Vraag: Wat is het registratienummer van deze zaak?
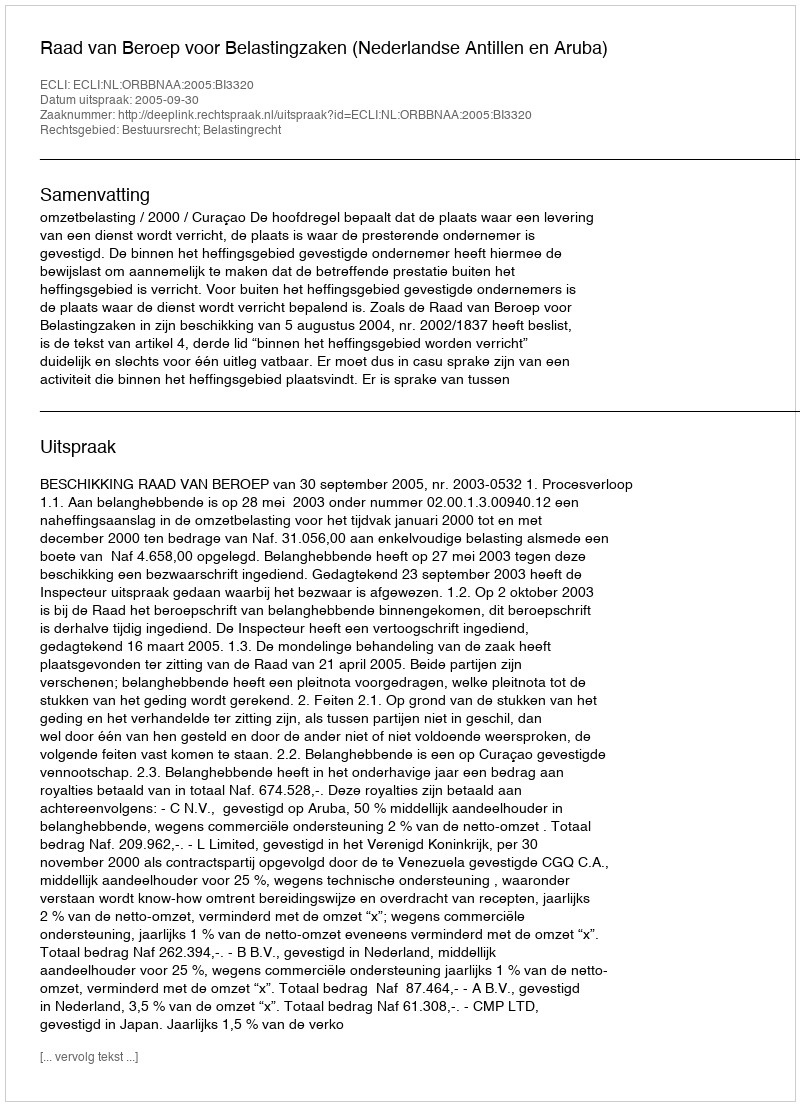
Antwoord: http://deeplink.rechtspraak.nl/uitspraak?id=ECLI:NL:ORBBNAA:2005:BI3320